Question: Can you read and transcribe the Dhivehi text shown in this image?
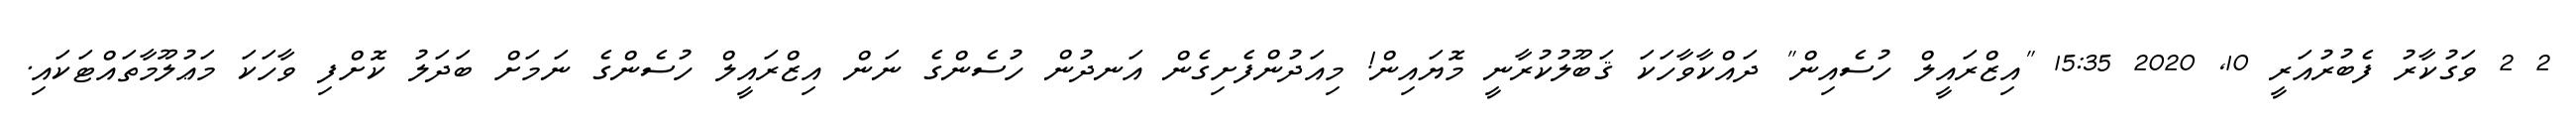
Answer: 2 2 ވަގުކާރު ފެބުރުއަރީ 10, 2020 15:35 "އިޒްރައީލް ހުސެއިން" ދައްކާވާހަކަ ޤަބޫލުކުރާނީ މޮޔައިން! މިއަދުންފެށިގެން އަނދުން ހުސެންގެ ނަން އިޒްރައީލް ހުސެންގެ ނަމަށް ބަދަލު ކޮށްފި ވާހަކަ މަޢުލޫމާތައްޓަކައި.